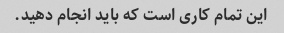
این تمام کاری است که باید انجام دهید.